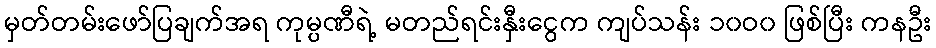
မှတ်တမ်းဖော်ပြချက်အရ ကုမ္ပဏီရဲ့ မတည်ရင်းနှီးငွေက ကျပ်သန်း ၁၀ဝ၀ ဖြစ်ပြီး ကနဦး